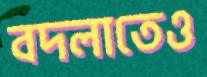
বদলাতেও